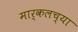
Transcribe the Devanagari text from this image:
मार्कलच्या